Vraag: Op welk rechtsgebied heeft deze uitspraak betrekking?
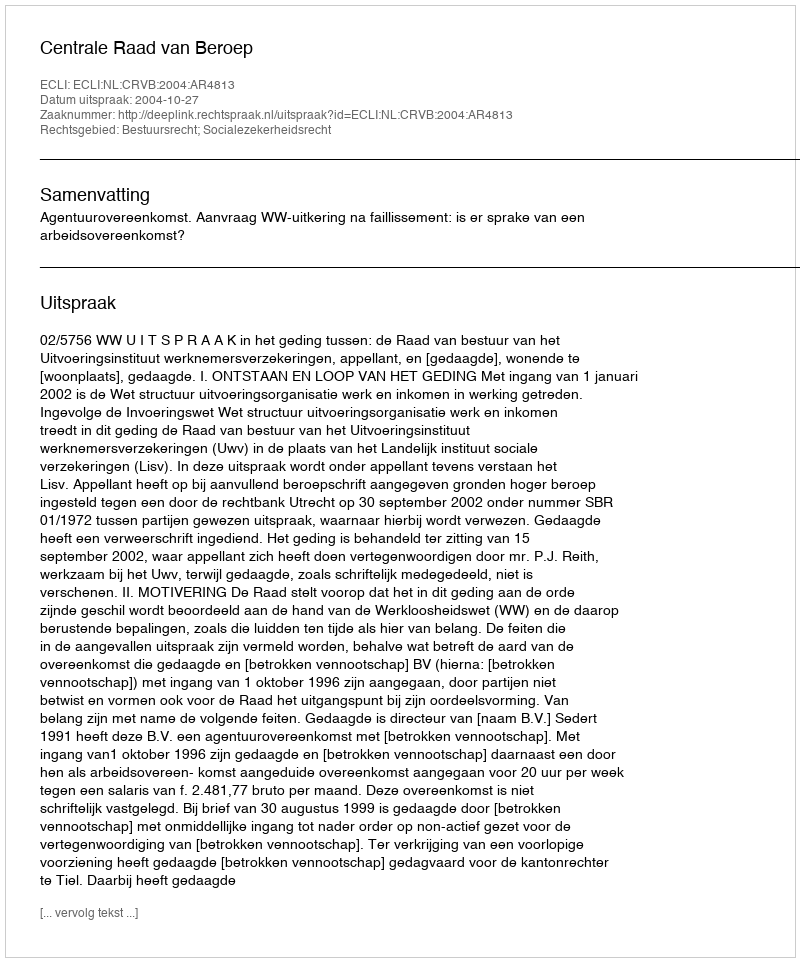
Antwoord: Bestuursrecht; Socialezekerheidsrecht